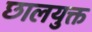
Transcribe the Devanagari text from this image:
छालयुक्त